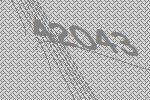
42043